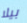
بيلا